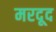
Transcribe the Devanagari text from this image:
मरदूद